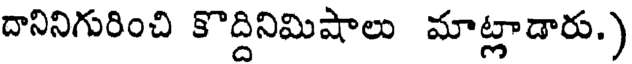
దానినిగురించి కొద్దినిమిషాలు మాట్లాడారు.)